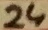
Text: 24